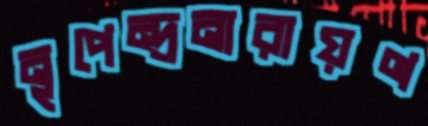
নৃপেন্দ্রনারায়ণ